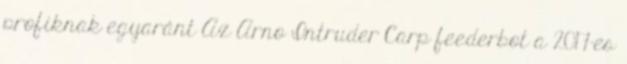
profiknak egyaránt Az Arno Intruder Carp feederbot a 2017-es